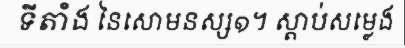
ទីតាំង នៃសោមនស្ស១។ ស្តាប់សម្លេង